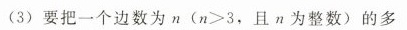
(3)要把一个边数为n($$n > 3$$，且n为整数)的多